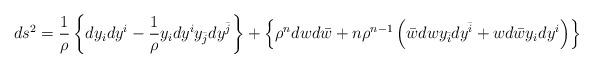
LaTeX: \begin{align*}ds^2 = {\frac{1}{\rho}} \left\{ dy_i dy^i - {\frac{1}{\rho}} y_i dy^i y_{\bar j} dy^{\bar j} \right\} + \left\{ \rho^n dw d{\bar w} + n \rho^{n-1}\left({\bar w} dw y_{\bar i} dy^{\bar i} + w d{\bar w} y_i dy^i\right) \right\}\end{align*}